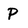
Character: P